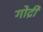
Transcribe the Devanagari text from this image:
गोद्री